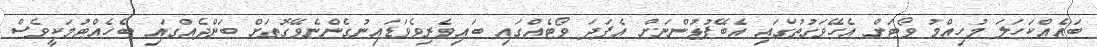
ބައެއްކަހަލަ މުހިއްމު ވޯޓަށް އެހޭވަގުތުގައި އެބޭފުޅުންނަށް އެފަދަ ވޯޓެއްގައި ބައިވެރިވެވަޑައިނުގެންނެވޭގޮތަށް ބަންދެއްގައި ބެހެއްޓުމަކީވެސް